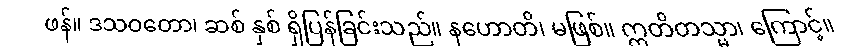
ဖန်။ ဒသဝတော၊ ဆစ် နှစ် ရှိပြန်ခြင်းသည်။ နဟောတိ၊ မဖြစ်။ ဣတိတသ္မာ၊ ကြောင့်။